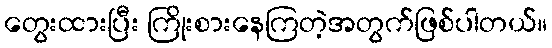
တွေးထားပြီး ကြိုးစားနေကြတဲ့အတွက်ဖြစ်ပါတယ်။